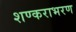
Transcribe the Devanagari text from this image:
शण्कराभरण